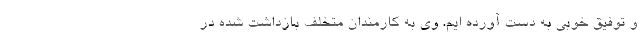
و توفیق خوبی به دست آورده ایم. وی به کارمندان متخلف بازداشت شده در